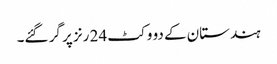
ہندستان کے دو وکٹ 24 رنز پر گر گئے۔